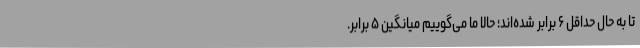
تا به حال حداقل ۶ برابر شده‌اند؛ حالا ما می‌گوییم میانگین ۵ برابر.